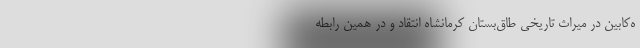
ه‌کابین در میراث تاریخی طاق‌بستان کرمانشاه انتقاد و در همین رابطه